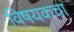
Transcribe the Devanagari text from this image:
विषयकचा